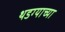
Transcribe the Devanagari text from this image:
थडग्याच्या